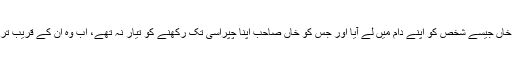
کائیاں وہ ایسا کہ عمران خاں جیسے شخص کو اپنے دام میں لے آیا اور جس کو خاں صاحب اپنا چپراسی تک رکھنے کو تیار نہ تھے، اب وہ اُن کے قریب تَر اور وفاقی وزیر ریلوے۔